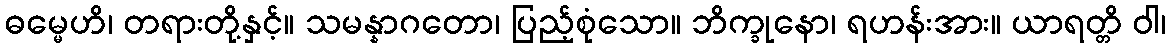
ဓမ္မေဟိ၊ တရားတို့နှင့်။ သမန္နာဂတော၊ ပြည့်စုံသော။ ဘိက္ခုနော၊ ရဟန်းအား။ ယာရတ္တိ ဝါ၊